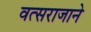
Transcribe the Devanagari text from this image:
वत्सराजाने